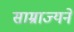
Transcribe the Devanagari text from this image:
साम्राज्यने